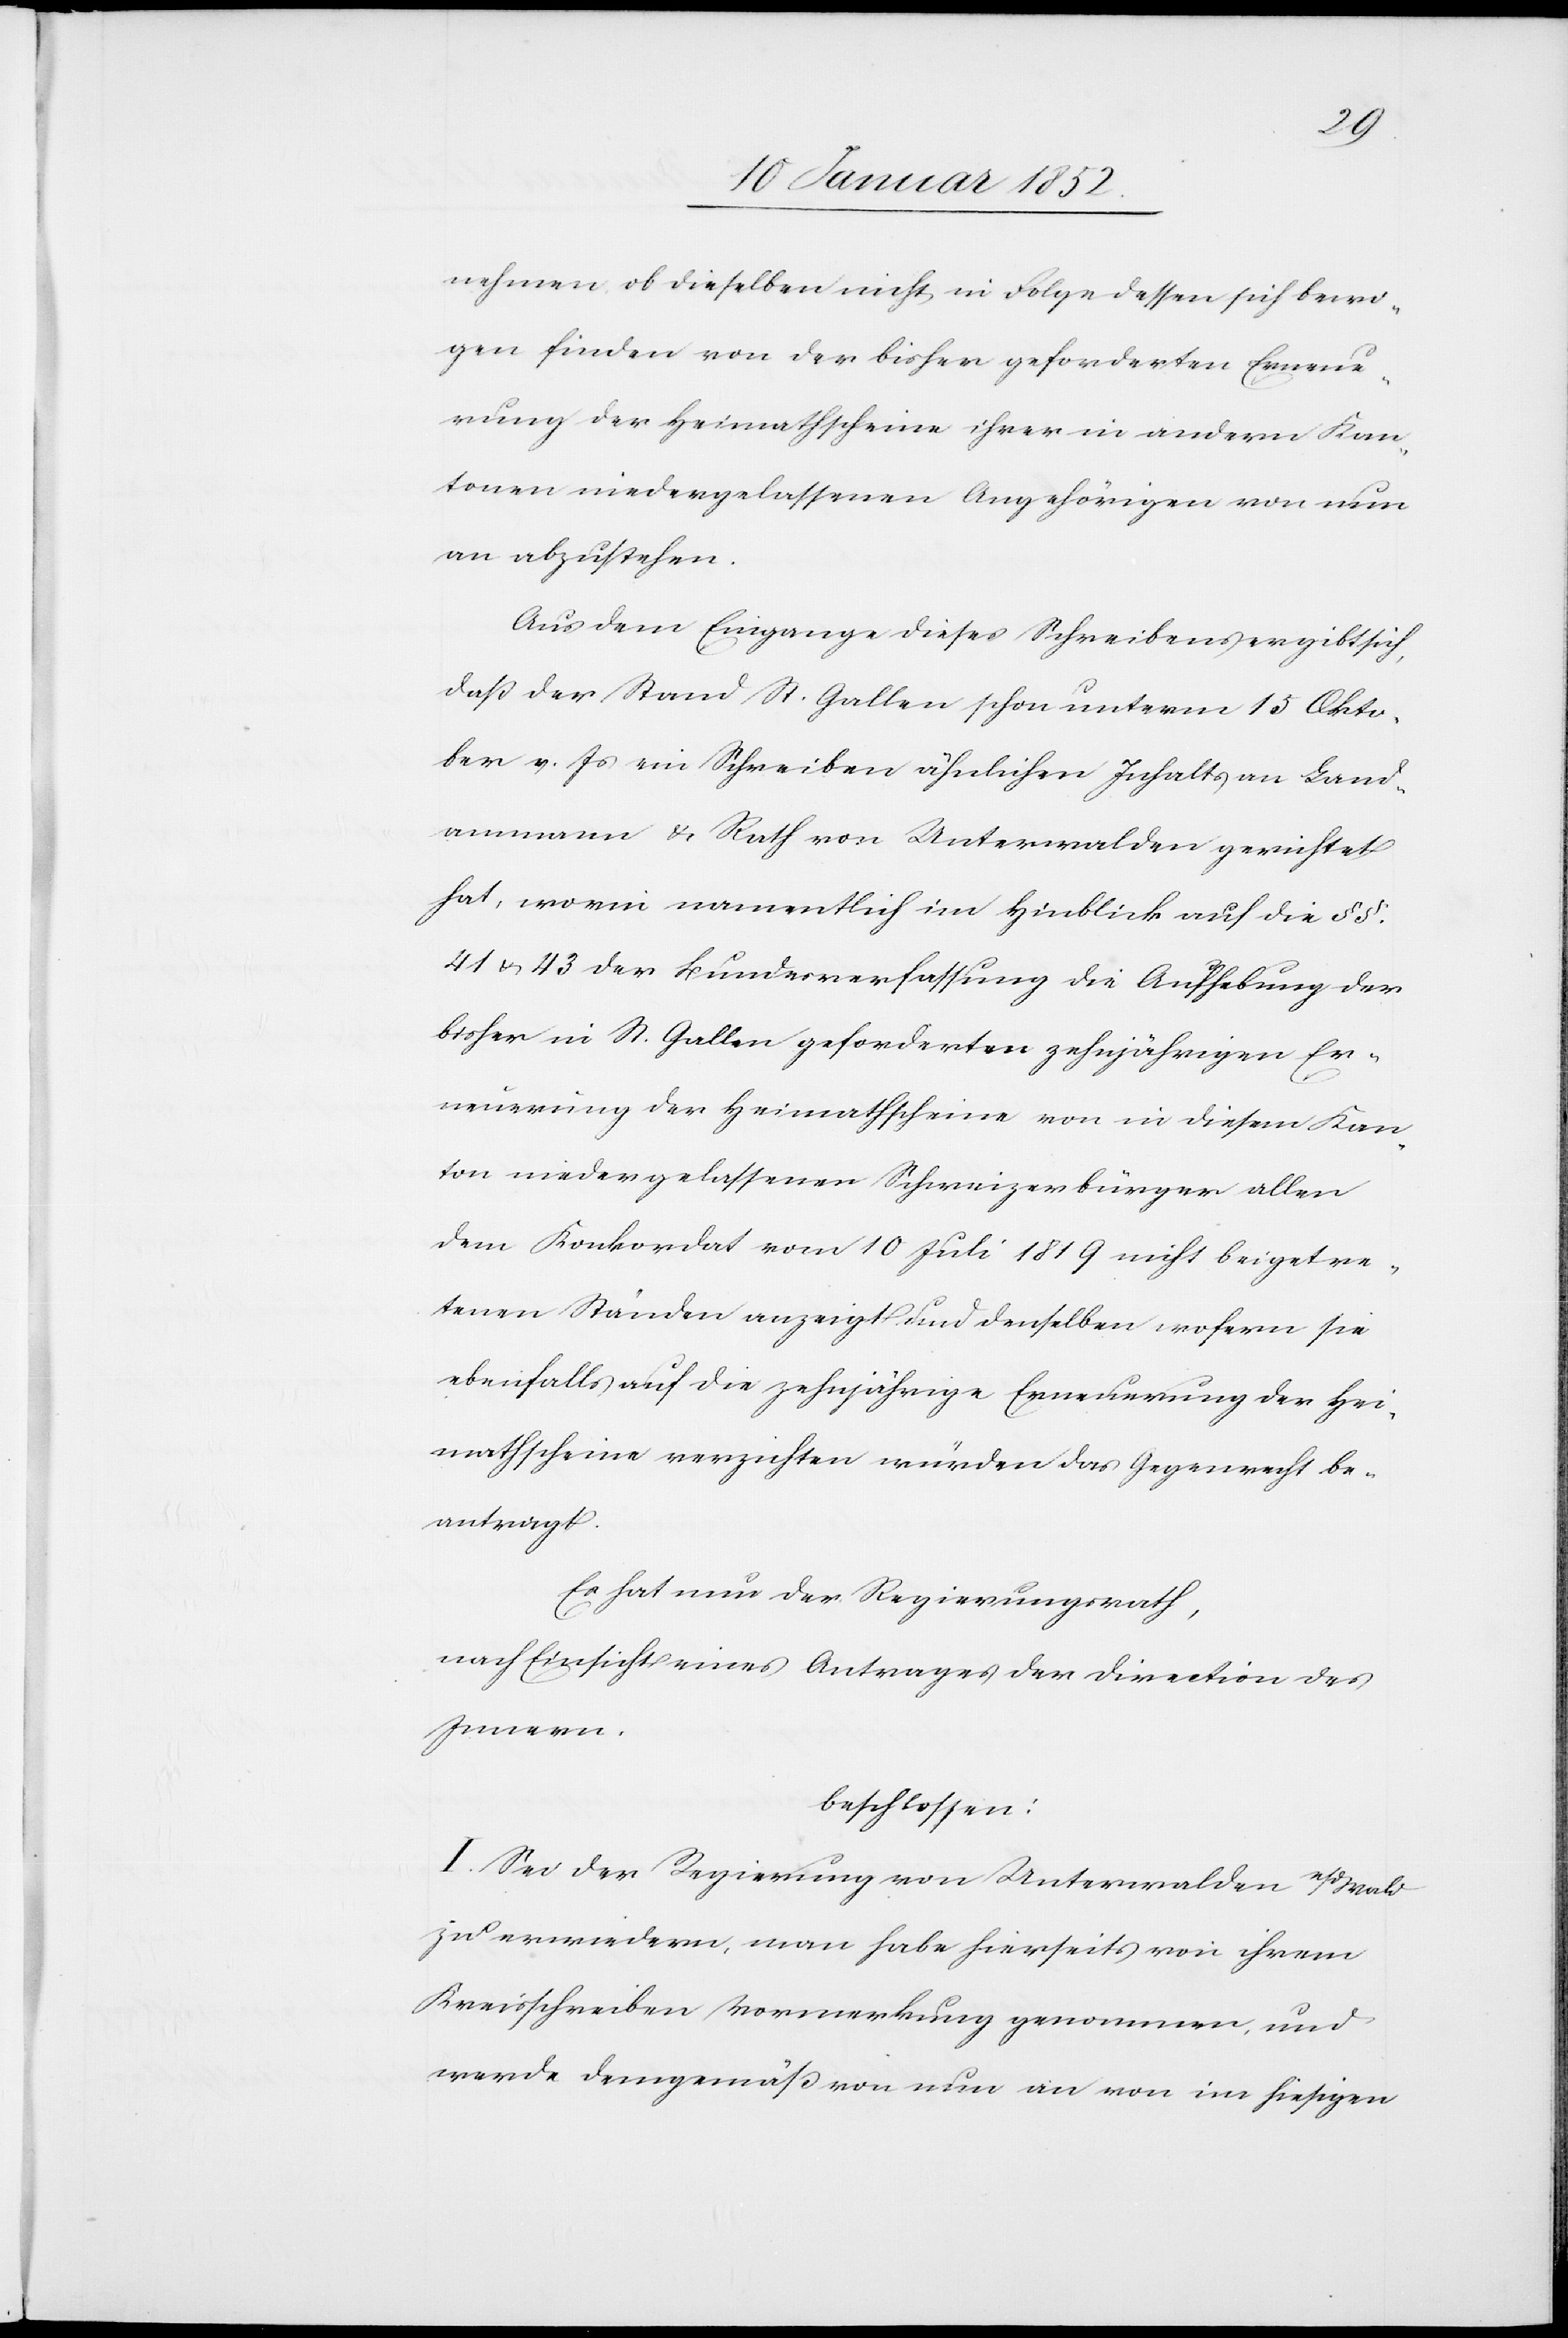
nehmen ob dieselben nicht in Folge dessen sich bewo¬
gen finden von der bisher geforderten Erneue¬
rung der Heimathscheine ihrer in andern Kan¬
tonen niedergelassenen Angehörigen von nun
an abzusehen.
Aus dem Eingange dieses Schreibens ergibt sich,
daß der Stand St. Gallen schon unterm 15 Okto¬
ber v. Js ein Schreiben ähnlichen Inhalts an Land¬
ammann u. Rath von Unterwalden gerichtet
hat, worin namentlich im Hinblick auf die §§.
41 u. 43 der Bundesverfassung die Aufhebung der
bisher in St. Gallen geforderten zehnjährigen Er¬
neuerung der Heimathscheine von in diesem Kan¬
ton niedergelassenen Schweizerbürger allen
dem Konkordat vom 10 Juli 1819 nicht beigetre¬
tenen Ständen anzeigt und denselben wofern sie
ebenfalls auf die zehnjährige Erneuerung der Hei¬
mathscheine verzichten würden das Gegenrecht be¬
antragt.
Es hat nun der Regierungsrath,
nach Einsicht eines Antrages der Direktion des
Innern.
beschlossen:
I. Sei der Regierung von Unterwalden n/d Wald
zu erwiedern, man habe hierseits von ihrem
Kreisschreiben Vormerkung genommen und
werde demgemäß von nun an von im hiesigen